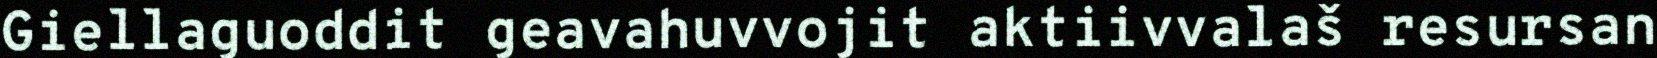
Giellaguoddit geavahuvvojit aktiivvalaš resursan